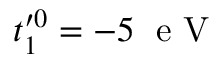
t _ { 1 } ^ { \prime 0 } = - 5 \; \mathrm { ~ e ~ V ~ }